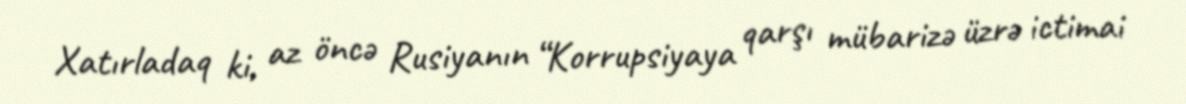
Xatırladaq ki, az öncə Rusiyanın “Korrupsiyaya qarşı mübarizə üzrə ictimai